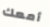
أمعك